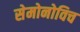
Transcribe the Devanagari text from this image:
सेमोनोविच